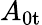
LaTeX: A_{\mathrm{0t}}